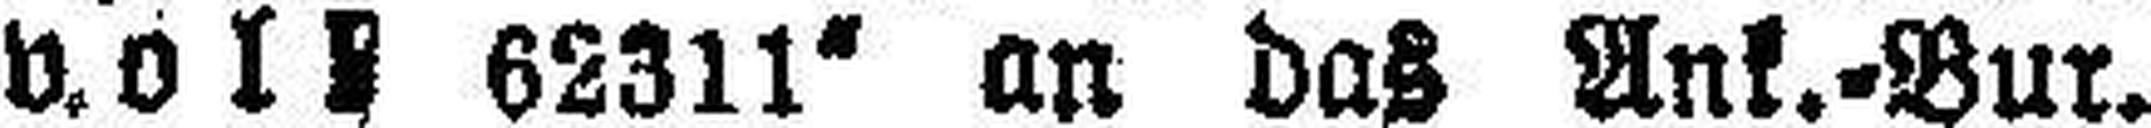
voll 62311“ an das Ank.=Bur.